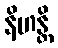
နိဟန္တိ